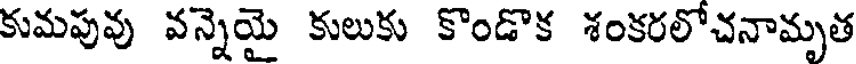
కుమపువు వన్నెయై కులుకు కొండొక శంకరలోచనామృత